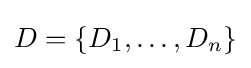
D=\{D_{1},\ldots ,D_{n}\}